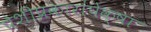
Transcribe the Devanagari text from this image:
पेशीप्रकारांपेक्षा